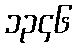
၁၃၄၆